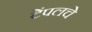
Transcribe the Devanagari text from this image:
टेंपलचे